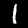
Label: 1